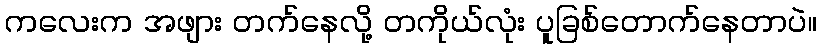
ကလေးက အဖျား တက်နေလို့ တကိုယ်လုံး ပူခြစ်တောက်နေတာပဲ။